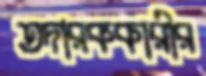
তদারককারীর